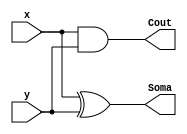
// NOME: Henrique Carvalho Parreira

module MS (Soma, Cout, x, y);

output Cout, Soma;
input x, y;

xor XOR1 (Soma, x, y);
and AND1 (Cout, x, y);

endmodule // MS

module SC (Soma1, Cout1, x1, y1, Cin);

output Cout1, Soma1;
input x1, y1, Cin;
wire t1, t2, t3;

MS MS1 (t2, t1, x1, y1);
MS MS2 (Soma1, t3, Cin, t2);
or Or1 (Cout1, t3, t1);

endmodule // SC

module compLogico (s, a, b);

output s;
input [3:0]a;
input [3:0]b;
wire t1, t2, t3, t4;

xnor XNOR1 (t1, a[0], b[0]);
xnor XNOR2 (t2, a[1], b[1]);
xnor XNOR3 (t3, a[2], b[2]);
xnor XNOR4 (t4, a[3], b[3]);
and AND1 (s, t1, t2, t3, t4);

endmodule // compLogico

module SomadorCompleto4BitsComComp (s1, s, vout, a, b);

output vout, s1; 
output [3:0]s;
input [3:0]a;
input [3:0]b; 
wire v0, v1, v2;

MS MS1 (s[0], v0, a[0], b[0]);
SC SC1 (s[1], v1, a[1], b[1], v0);
SC SC2 (s[2], v2, a[2], b[2], v1);
SC SC3 (s[3], vout, a[3], b[3], v2);
compLogico compLogico1 (s1, a, b);

endmodule // SomadorCompleto4Bits


// -- test Somador Completo 4 bits


module testSomadorCompleto4BitsComComp;

reg [3:0]x;
reg [3:0]y;
wire [3:0]s;
wire s1;
wire cout;
integer j, k, linha;

// instancia 
SomadorCompleto4BitsComComp SC41 (s1, s, cout, x, y);

// parte principal

initial begin

x = 0;
y = 0;
j = 0;

end

 initial begin
      $display("Test Somador Completo 4 bits com comparador logico\n");
      $display("\n       a      b      Cout   Soma   comparador\n");
		
      $monitor("     %4b    %4b     %b     %4b     %b" , x, y, cout, s, s1);
		
		for (j = 0; j < 16; j = j + 1) begin
					
			#1 x = j; 
								
				for (k = 0; k < 16; k = k + 1) begin
		
					#1 y = k; 
					
			   end
		
	   end
				
  end
 
endmodule // testSomadorCompleto4BitsComComp